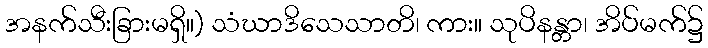
အနက်သီးခြားမရှိ။) သံဃာဒိသေသာတိ၊ ကား။ သုပိနန္တာ၊ အိပ်မက်၌